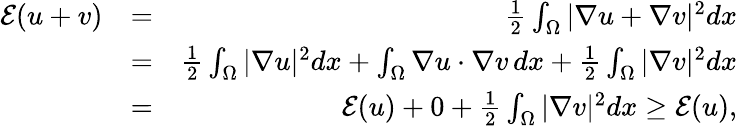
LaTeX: \begin{array}{rlr}{\mathcal E(u+v)}&{=}&{\frac 12\int_{\Omega}|\nabla u+\nabla v|^{2}dx}\\ &{=}&{\frac 12\int_{\Omega}|\nabla u|^{2}dx+\int_{\Omega}\nabla u\cdot\nabla v\, dx+\frac 12\int_{\Omega}|\nabla v|^{2}dx}\\ &{=}&{\mathcal E(u)+0+\frac 12\int_{\Omega}|\nabla v|^{2}dx\geq\mathcal E(u),}\end{array}